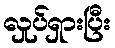
လှုပ်ရှားပြီး